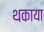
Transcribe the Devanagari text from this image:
थकाया